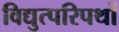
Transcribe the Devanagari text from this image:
विद्युत्परिपथों